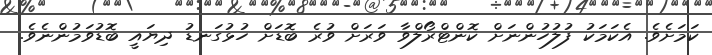
ކަމަށެވެ. އެކަމަކު ފުލުހުންނަށް ކޮންޓްރޯލްވާ ވަރަށް ވުރެ ބޮޑަށް ހުޅުގަނޑު ދިޔައީ ބޮޑުވަމުންނެވެ.